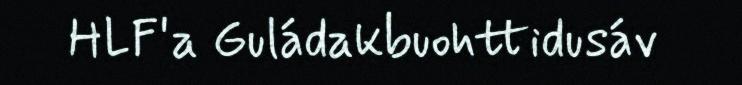
HLF'a Guládakbuohttidusáv